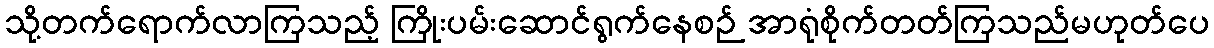
သို့တက်ရောက်လာကြသည့် ကြိုးပမ်းဆောင်ရွက်နေစဉ် အာရုံစိုက်တတ်ကြသည်မဟုတ်ပေ